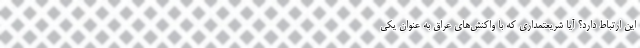
این ارتباط دارد؟ آیا شریعتمداری که با واکنش‌های عراق به عنوان یکی